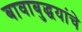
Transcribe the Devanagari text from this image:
बावाबुद्धयांचे